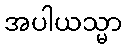
အပါယသ္မာ